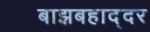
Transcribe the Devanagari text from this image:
बाझबहाद्दर